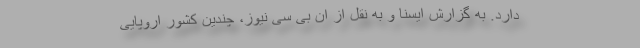
دارد. به گزارش ایسنا و به نقل از ان بی سی نیوز، چندین کشور اروپایی